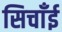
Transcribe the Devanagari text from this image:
सिचाँई